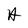
Character: A